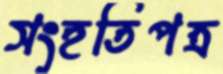
সংহতিপত্র